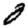
Digit: 0